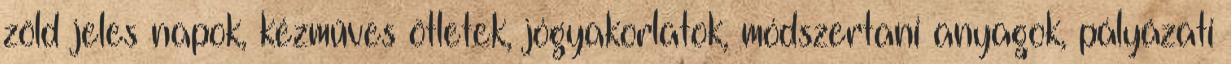
zöld jeles napok, kézműves ötletek, jógyakorlatok, módszertani anyagok, pályázati